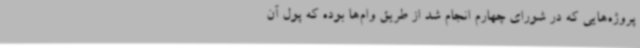
پروژه‌هایی که در شورای چهارم انجام شد از طریق وام‌ها بوده که پول آن